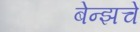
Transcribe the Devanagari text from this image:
बेन्झचे